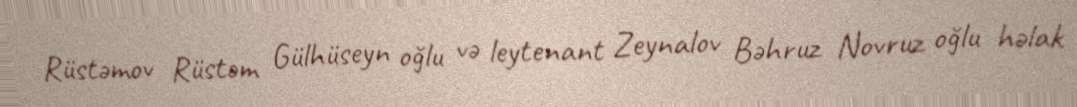
Rüstəmov Rüstəm Gülhüseyn oğlu və leytenant Zeynalov Bəhruz Novruz oğlu həlak